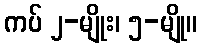
ကပ် ၂-မျိုး၊ ၅-မျို။